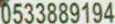
0533889194